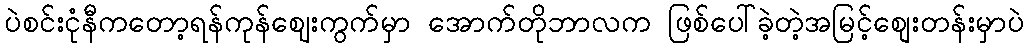
ပဲစင်းငုံနီကတော့ရန်ကုန်ဈေးကွက်မှာ အောက်တိုဘာလက ဖြစ်ပေါ်ခဲ့တဲ့အမြင့်စျေးတန်းမှာပဲ